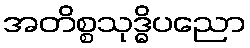
အတိစ္စသုဒ္ဓိပညော